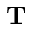
{ \bf T }